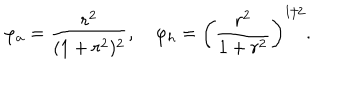
\varphi _ { a } = \frac { r ^ { 2 } } { ( 1 + r ^ { 2 } ) ^ { 2 } } , \quad \varphi _ { h } = \left( \frac { r ^ { 2 } } { 1 + r ^ { 2 } } \right) ^ { 1 / 2 } .